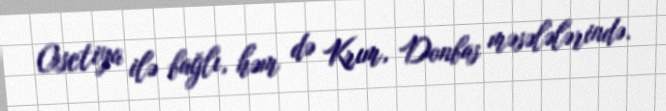
Osetiya ilə bağlı, həm də Krım, Donbas məsələlərində.